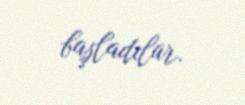
başladılar.